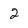
Character: 2